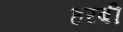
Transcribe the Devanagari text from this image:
हरबी